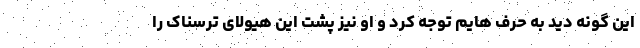
این گونه دید به حرف هایم توجه کرد و او نیز پشت این هیولای ترسناک را